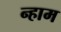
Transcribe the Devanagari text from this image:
न्हाम